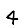
Digit: 4